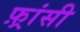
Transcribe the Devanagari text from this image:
फ़्रांसी